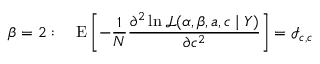
\beta = 2 : \quad \operatorname { E } \left[ - { \frac { 1 } { N } } { \frac { \partial ^ { 2 } \ln { \mathcal { L } } ( \alpha , \beta , a , c \mid Y ) } { \partial c ^ { 2 } } } \right] = { \mathcal { I } } _ { c , c }